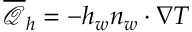
\overline { { \mathcal { Q } } } _ { h } = - h _ { w } \boldsymbol { n } _ { w } \cdot \nabla T